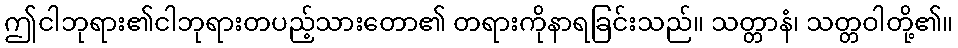
ဤငါဘုရား၏ငါဘုရားတပည့်သားတော၏ တရားကိုနာရခြင်းသည်။ သတ္တာနံ၊ သတ္တဝါတို့၏။